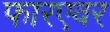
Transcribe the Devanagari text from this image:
फारएवर